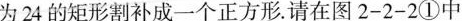
为24的矩形割补成一个正方形。请在图2-2-2①中